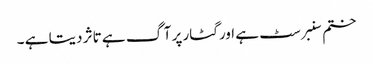
ختم سنبرسٹ ہے اور گٹار پر آگ ہے تاثر دیتا ہے ۔